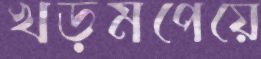
খড়মপেয়ে